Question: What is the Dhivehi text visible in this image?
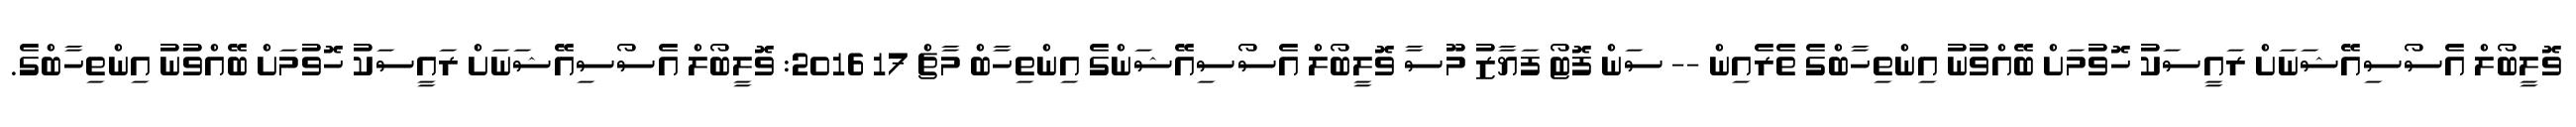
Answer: ވޮލީބޯލް އެސޯސިއޭޝަނަށް ރައީސަކު ހޮވުމަށް ބޭއްވުނު އިންތިހާބްގެ ތެރެއިން -- ސަން ފޮޓޯ ފަޔާޒު މޫސާ ވޮލީބޯލް އެސޯސިއޭޝަންގެ އިންތިހާބް މާޗް 17 2016: ވޮލީބޯލް އެސޯސިއޭޝަނަށް ރައީސަކު ހޮވުމަށް ބޭއްވުނު އިންތިހާބްގެ.